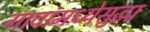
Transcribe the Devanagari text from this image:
गावांमध्येसुद्धा